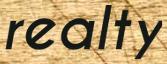
realty